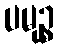
ပမုဉ္စ